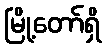
မြို့တော်ရှိ